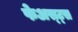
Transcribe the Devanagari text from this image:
फेअस्ट्स